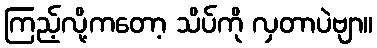
ကြည့်လို့ကတော့ သိပ်ကို လှတာပဲဗျာ။